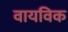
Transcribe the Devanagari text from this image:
वायविक